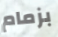
بزمام